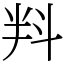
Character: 㪵